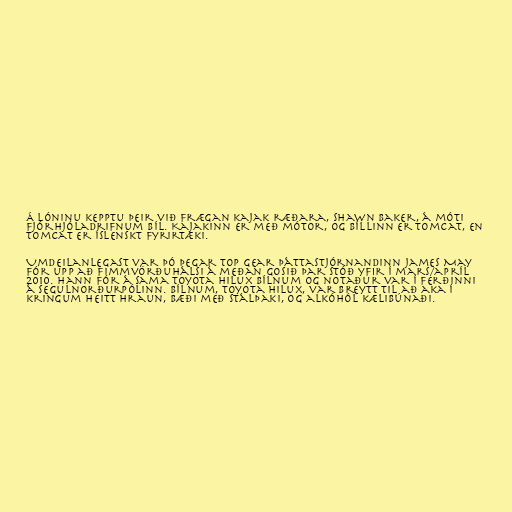
Á lóninu kepptu þeir við frægan kajak ræðara, Shawn Baker, á móti
fjórhjóladrifnum bíl. Kajakinn er með mótor, og bíllinn er Tomcat, en
Tomcat er íslenskt fyrirtæki.

Umdeilanlegast var þó þegar Top Gear þáttastjórnandinn James May
fór upp að Fimmvörðuhálsi á meðan gosið þar stóð yfir í mars/apríl
2010. Hann fór á sama Toyota Hilux bílnum og notaður var í ferðinni
á segulnorðurpólinn. Bílnum, Toyota Hilux, var breytt til að aka í
kringum heitt hraun, bæði með stálþaki, og alkóhól kælibúnaði.